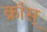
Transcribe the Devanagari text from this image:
क्रॉस्